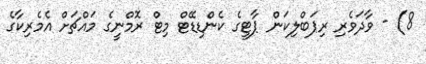
8) - ވާދަވެރި ރިޕަބްލިކަން ޕާޓީގެ ކެންޑިޑޭޓް މިޓް ރޮމްނީގެ މައްޗަށް އެމެރިކާގެ